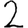
Digit: 2